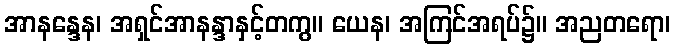
အာနန္ဒေန၊ အရှင်အာနန္ဒာနှင့်တကွ။ ယေန၊ အကြင်အရပ်၌။ အညတရော၊